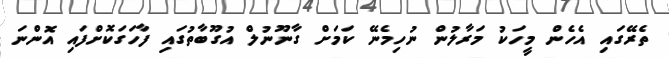
ތެރޭގައި އެހެން މީހަކު މަރާލުން ނުހިމެނޭ ކަމަށް ގާނޫނުލް އުގޫބާތުގައި ފާހަގަކޮށްފައި އޮންނަ